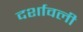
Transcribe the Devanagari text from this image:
दर्शावली